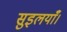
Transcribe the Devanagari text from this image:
सुइलयाँ।